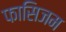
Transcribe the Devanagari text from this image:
फासिजम